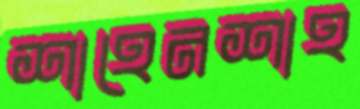
শাহেনশাহ